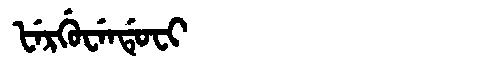
Manchu: ᡶᡝᡵᡤᡠᠸᡝᠨᡩᡠᠸᡳ
Romanization: FERGUWENDUFI